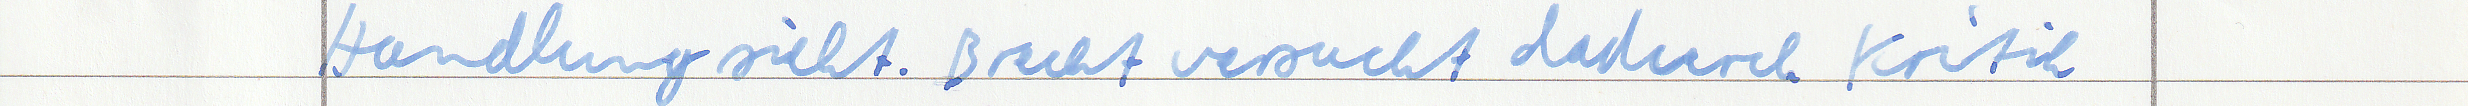
Handlung sieht. Brecht versucht dadurch Kritik